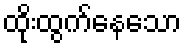
ထိုးထွက်နေသော